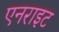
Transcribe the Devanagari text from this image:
एनराइट